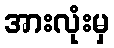
အားလုံးမှ